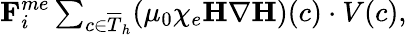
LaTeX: \begin{array}{r}{\textbf{F}_{i}^{me}\sum_{c\in\overline{{T}}_{h}}(\mu_{0}\chi_{e}\textbf{H}\nabla\textbf{H})(c)\cdot V(c),}\end{array}